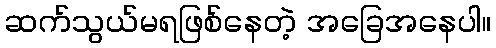
ဆက်သွယ်မရဖြစ်နေတဲ့ အခြေအနေပါ။